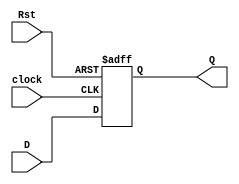

module d_ff(input wire clock, input wire D,input Rst,output reg Q);
always @(negedge Rst or posedge clock)
begin
if(!Rst)
Q=0;
else
Q=D;
end
endmodule

module testbench;
reg clock;
reg D;
wire Q;
integer i;

d_ff m(clock,D,Rst,Q);
initial begin
D=0;
#8 D=1;
#10 D=0;
#10 D=0;
#10 D=1;
#10 D=0;
#10 D=1;
#40;
end
initial begin
clock = 0;
for(i=0;i<=10;i=i+1)
#10 clock = ~clock;
end
initial begin
$monitor("clock = %d, D=%d, Q=%d \n",clock,D,Q);
end
endmodule